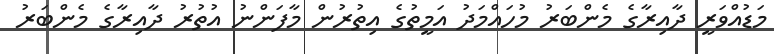
މަޑުއްވަރީ ދާއިރާގެ މެންބަރު މުހައްމަދު އަމީތުގެ އިތުރުން މާފަންނު އުތުރު ދާއިރާގެ މެންބަރު